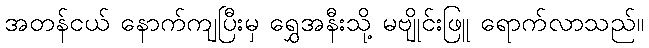
အတန်ငယ် နောက်ကျပြီးမှ ရွှေအနီးသို့ မဗျိုင်းဖြူ ရောက်လာသည်။